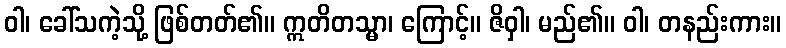
ဝါ၊ ခေါ်သကဲ့သို့ ဖြစ်တတ်၏။ ဣတိတသ္မာ၊ ကြောင့်။ ဇိဝှါ၊ မည်၏။ ဝါ၊ တနည်းကား။